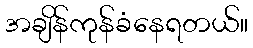
အချိန်ကုန်ခံနေရတယ်။